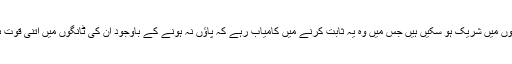
وہ ایک عدالتی فیصلے کے بعد اِن کھیلوں میں شریک ہو سکیں ہیں جس میں وہ یہ ثابت کرنے میں کامیاب رہے کہ پاؤں نہ ہونے کے باوجود اُن کی ٹانگوں میں اتنی قوت ہے کہ وہ انتہائی تیز بھاگ سکتے ہیں۔